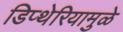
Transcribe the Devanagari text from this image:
डिप्थेरियामुळे